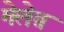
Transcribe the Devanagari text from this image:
मेलेत